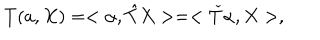
LaTeX: T ( a , X ) = < \alpha , { \hat { T } } X > = < { \check { T } } \alpha , X > ,